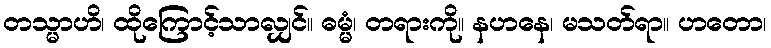
တသ္မာဟိ၊ ထိုကြောင့်သာလျှင်။ ဓမ္မံ၊ တရားကို။ နဟနေ၊ မသတ်ရာ။ ဟတော၊